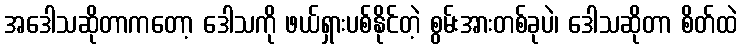
အဒေါသဆိုတာကတော့ ဒေါသကို ဖယ်ရှားပစ်နိုင်တဲ့ စွမ်းအားတစ်ခုပဲ၊ ဒေါသဆိုတာ စိတ်ထဲ